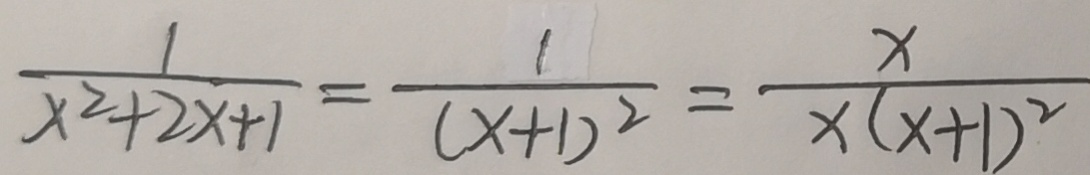
\frac { 1 } { x ^ { 2 } + 2 x + 1 } = \frac { 1 } { ( x + 1 ) ^ { 2 } } = \frac { x } { x ( x + 1 ) ^ { 2 } }